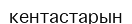
кентастарын